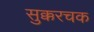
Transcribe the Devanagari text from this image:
सुक्करचक